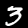
Digit: 3